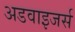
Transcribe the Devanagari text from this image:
अडवाइजर्स